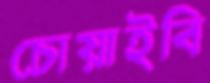
চোয়াইবি